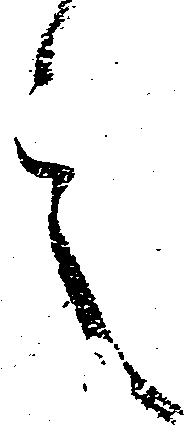
言